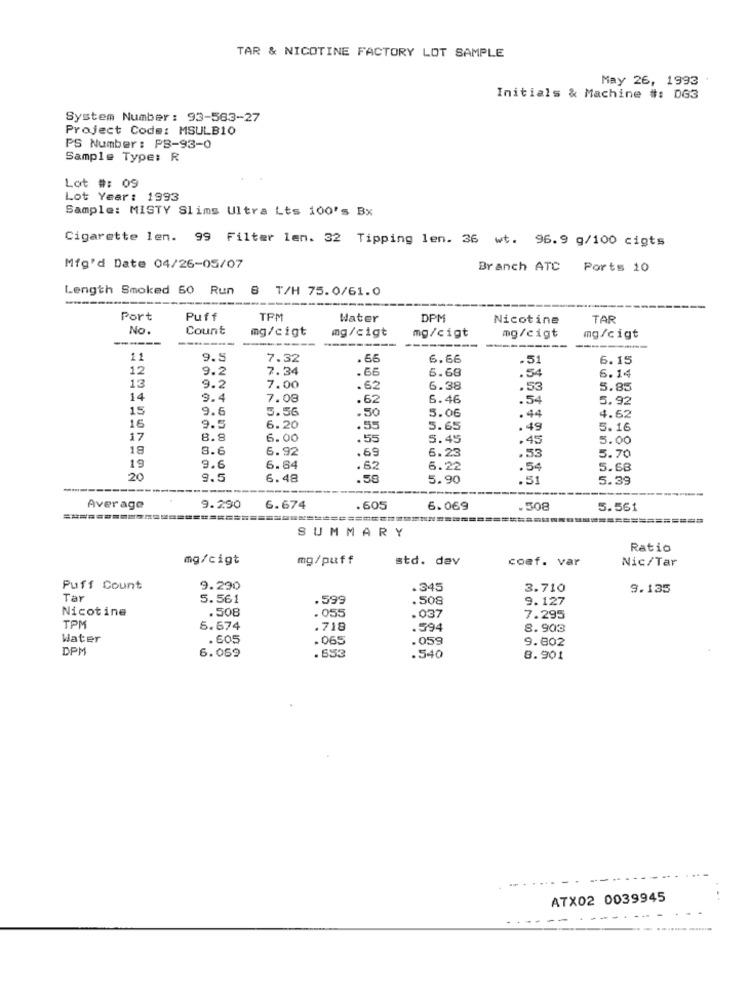
TAR & NICOTINE FACTORY LOT SAMPLE
May 26, 1993
Initials & Machine #: DG3
System Number: 93-563-27
Project Code: MSULB10
PS Number : PB-93-0
Sample Type: R
Lot #: 09
Lot Year: 1993
Sample: MISTY Slims Ultra Lts 100's Bx
Cigarette len. 99 Filter len. 32 Tipping len. 36 wt. 96.9 g/100 cigts
Mfg'd Date 04/26-05/07
Branch ATC Ports 10
Length Smoked 60 Run 8 T/H 75.0/61.0
Port
Puff
TPM
Water
DPM
Nicotine
TAR
No.
Count
mg/cigt
mg/cigt
mg/cigt
mg/cigt
mg/cigt
----
11
9.5
7.32
.66
6.66
.51
6.15
12
9.2
7.34
.66
6.68
13
.54
6.14
9.2
7.00
.62
6.38
.53
5.85
14
9.4
7.08
.62
6.46
.54
5.92
15
9.6
5.56
.50
5.06
.44
4.62
16
9.5
6.20
.55
5.65
.49
5.16
17
8.8
6.00
.55
5.45
.45
5.00
18
8.6
6.92
.69
6.23
.53
5.70
19
9.6
6.64
.62
6.22
.54
5.68
20
9.5
6.48
.50
5.90
.51
5.39
Average
9.290
6.674
605
6.069
.508
5.561
===================
SUMMARY
Ratio
mg/cigt
mg/puff
std. dev
coef. var
Nic/Tar
Puff Count
9.290
.345
3.710
9.135
Tar
5.561
.599
.508
9.127
Nicotine
. 508
. 055
.037
7.295
TPM
6.674
.718
.594
8.903
Water
. 605
.065
.059
9.802
DPM
6.069
.553
.540
8.901
ATX02 0039945